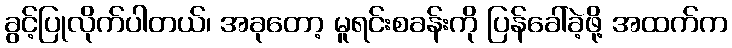
ခွင့်ပြုလိုက်ပါတယ်၊ အခုတော့ မူရင်းစခန်းကို ပြန်ခေါ်ခဲ့ဖို့ အထက်က